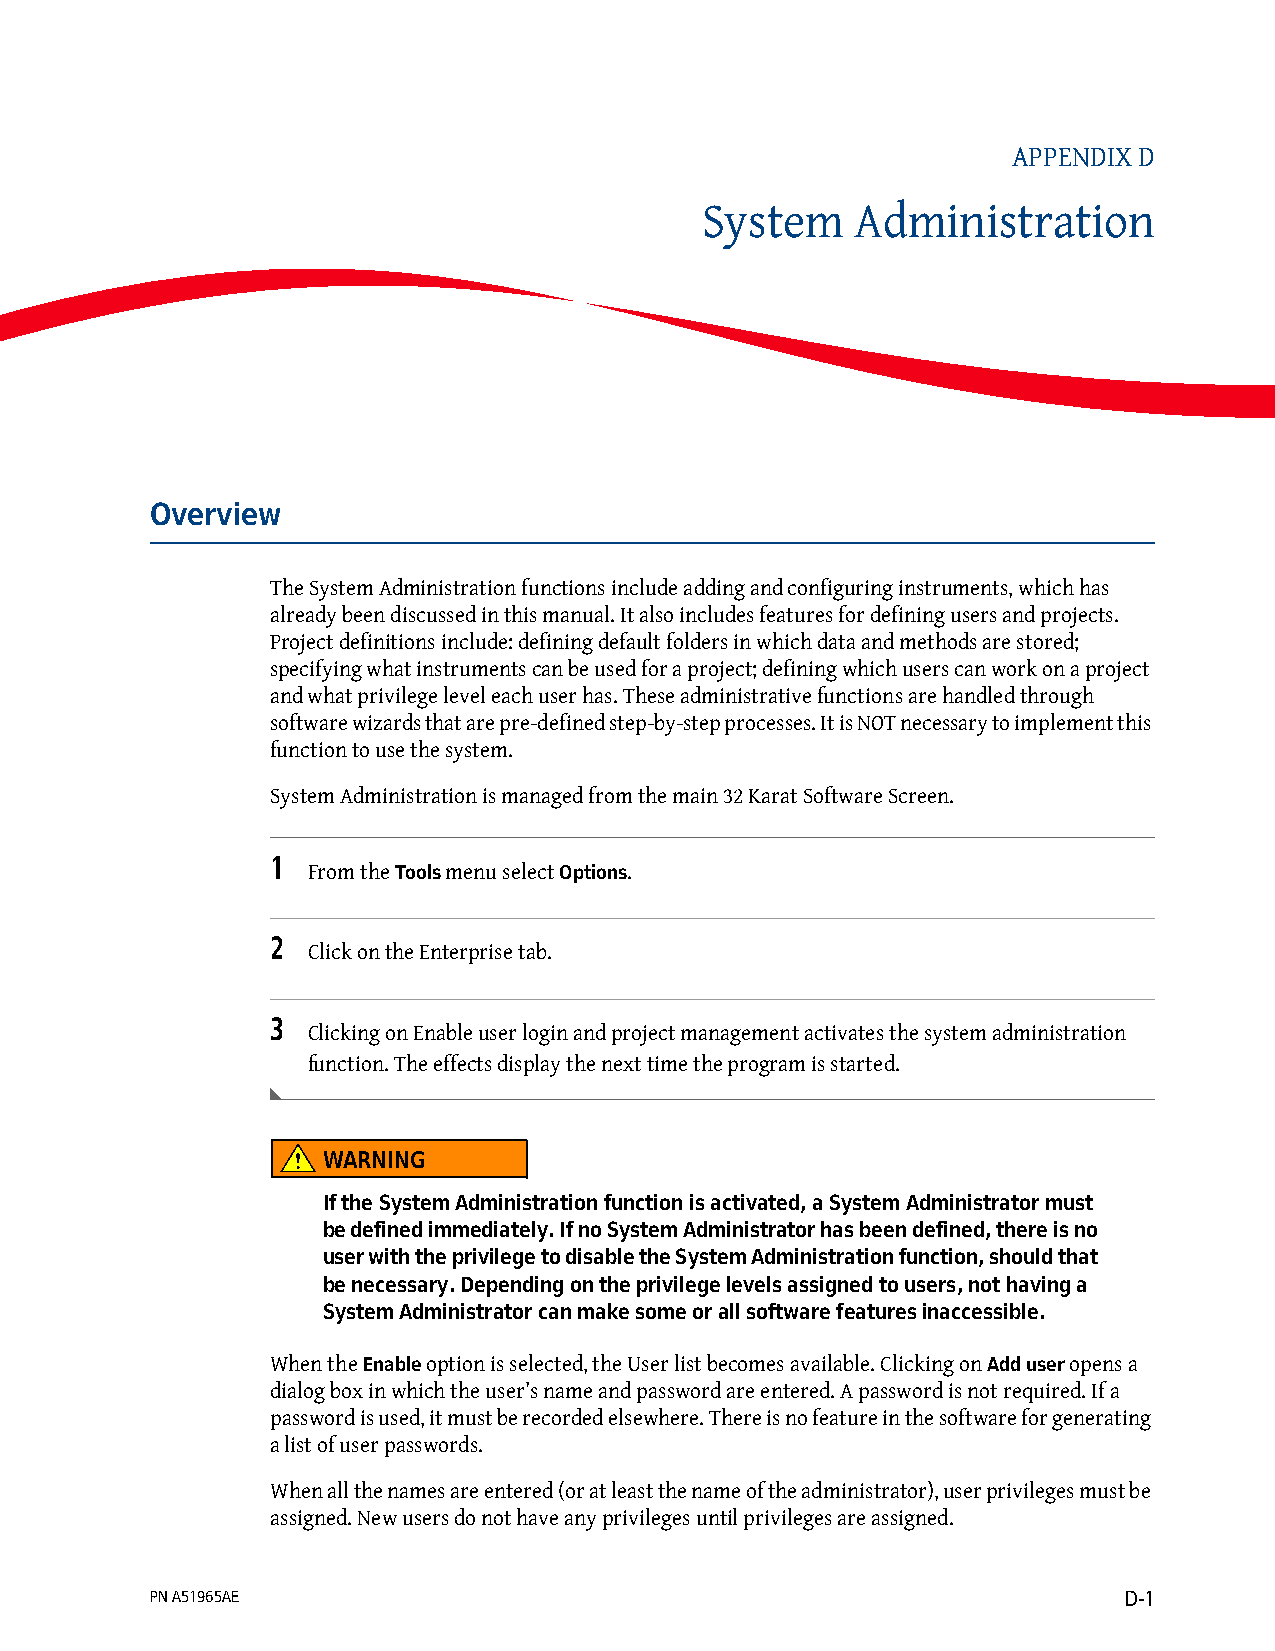
APPENDIX D
 System     Administration
 Overview
 The System Administration functions include adding and configuring instruments, which has
 already been discussed in this manual. It also includes features for defining users and projects.
 Project definitions include: defining default folders in which data and methods are stored;
 specifying what instruments can be used for a project; defining which users can work on a project
 and what privilege level each user has. These administrative functions are handled through
 software wizards that are pre-defined step-by-step processes. It is NOT necessary to implement this
 function to use the system.
 System Administration is managed from the main 32 Karat Software Screen.
 1
 From the Tools menu select Options.
 2
 Click on the Enterprise tab.
 3
 Clicking on Enable user login and project management activates the system administration
 function. The effects display the next time the program is started.
 WARNING
 If the System Administration function is activated, a System Administrator must
 be defined immediately. If no System Administrator has been defined, there is no
 user with the privilege to disable the System Administration function, should that
 be necessary. Depending on the privilege levels assigned to users, not having a
 System Administrator can make some or all software features inaccessible.
 When the Enable option is selected, the User list becomes available. Clicking on Add user opens a
 dialog box in which the user’s name and password are entered. A password is not required. If a
 password is used, it must be recorded elsewhere. There is no feature in the software for generating
 a list of user passwords.
 When all the names are entered (or at least the name of the administrator), user privileges must be
 assigned. New users do not have any privileges until privileges are assigned.
 PN A51965AE                                                     D-1